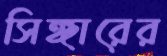
সিঙ্গারের